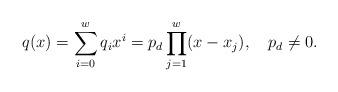
LaTeX: \begin{align*} q(x)=\sum^{w}_{i=0}q_ix^i=p_d\prod^w_{j=1}(x-x_j),~~~ p_d\ne 0.\end{align*}